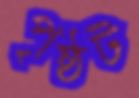
পৃষ্ঠট